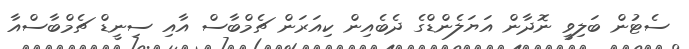
ސެޓުން ބަލިވީ ނޮދާން އަޔަލެންޑްގެ ދެބެއިން ކިއަރަން ޗެމްބާސް އާއި ސިނީޑް ޗެމްބާސްއާ